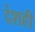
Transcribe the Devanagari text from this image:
दंशही